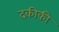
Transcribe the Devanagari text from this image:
दकीकी